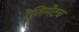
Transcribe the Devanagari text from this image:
रेजिमेंटच